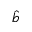
\hat { b }